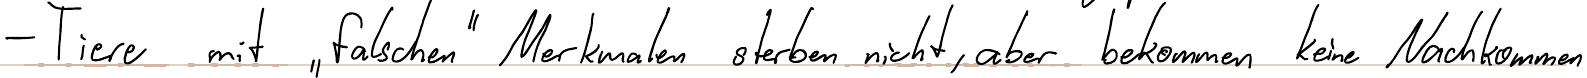
- Tiere mit "falschen" Merkmalen sterben nicht, aber bekommen keine Nachkommen